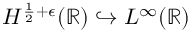
H ^ { \frac { 1 } { 2 } + \epsilon } ( \mathbb R ) \hookrightarrow L ^ { \infty } ( \mathbb R )